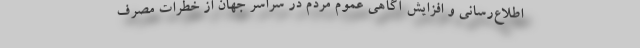
اطلاع‌رسانی و افزایش آگاهی عموم مردم در سراسر جهان از خطرات مصرف